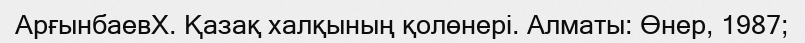
АрғынбаевХ. Қазақ халқының қолөнері. Алматы: Өнер, 1987;